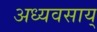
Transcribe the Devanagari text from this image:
अध्यवसाय्